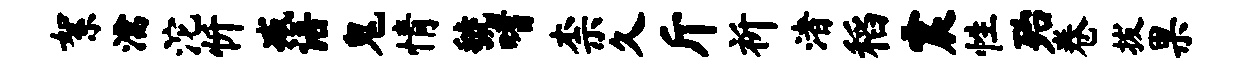
絮濡沱忻减语鬼情虢嗜柰久斤祈渚稻震性殆卷拔果